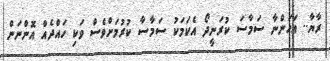
ރާޔާ.. އަހަންނާ ސަމާސަ ކުރަނީދޯ އެކަމަކު ސަމާސާ ކުރުމަށްވެސް ވަކި ހައްދެއް އޮންނަން